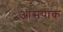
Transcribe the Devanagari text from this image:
आसपाक